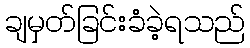
ချမှတ်ခြင်းခံခဲ့ရသည်